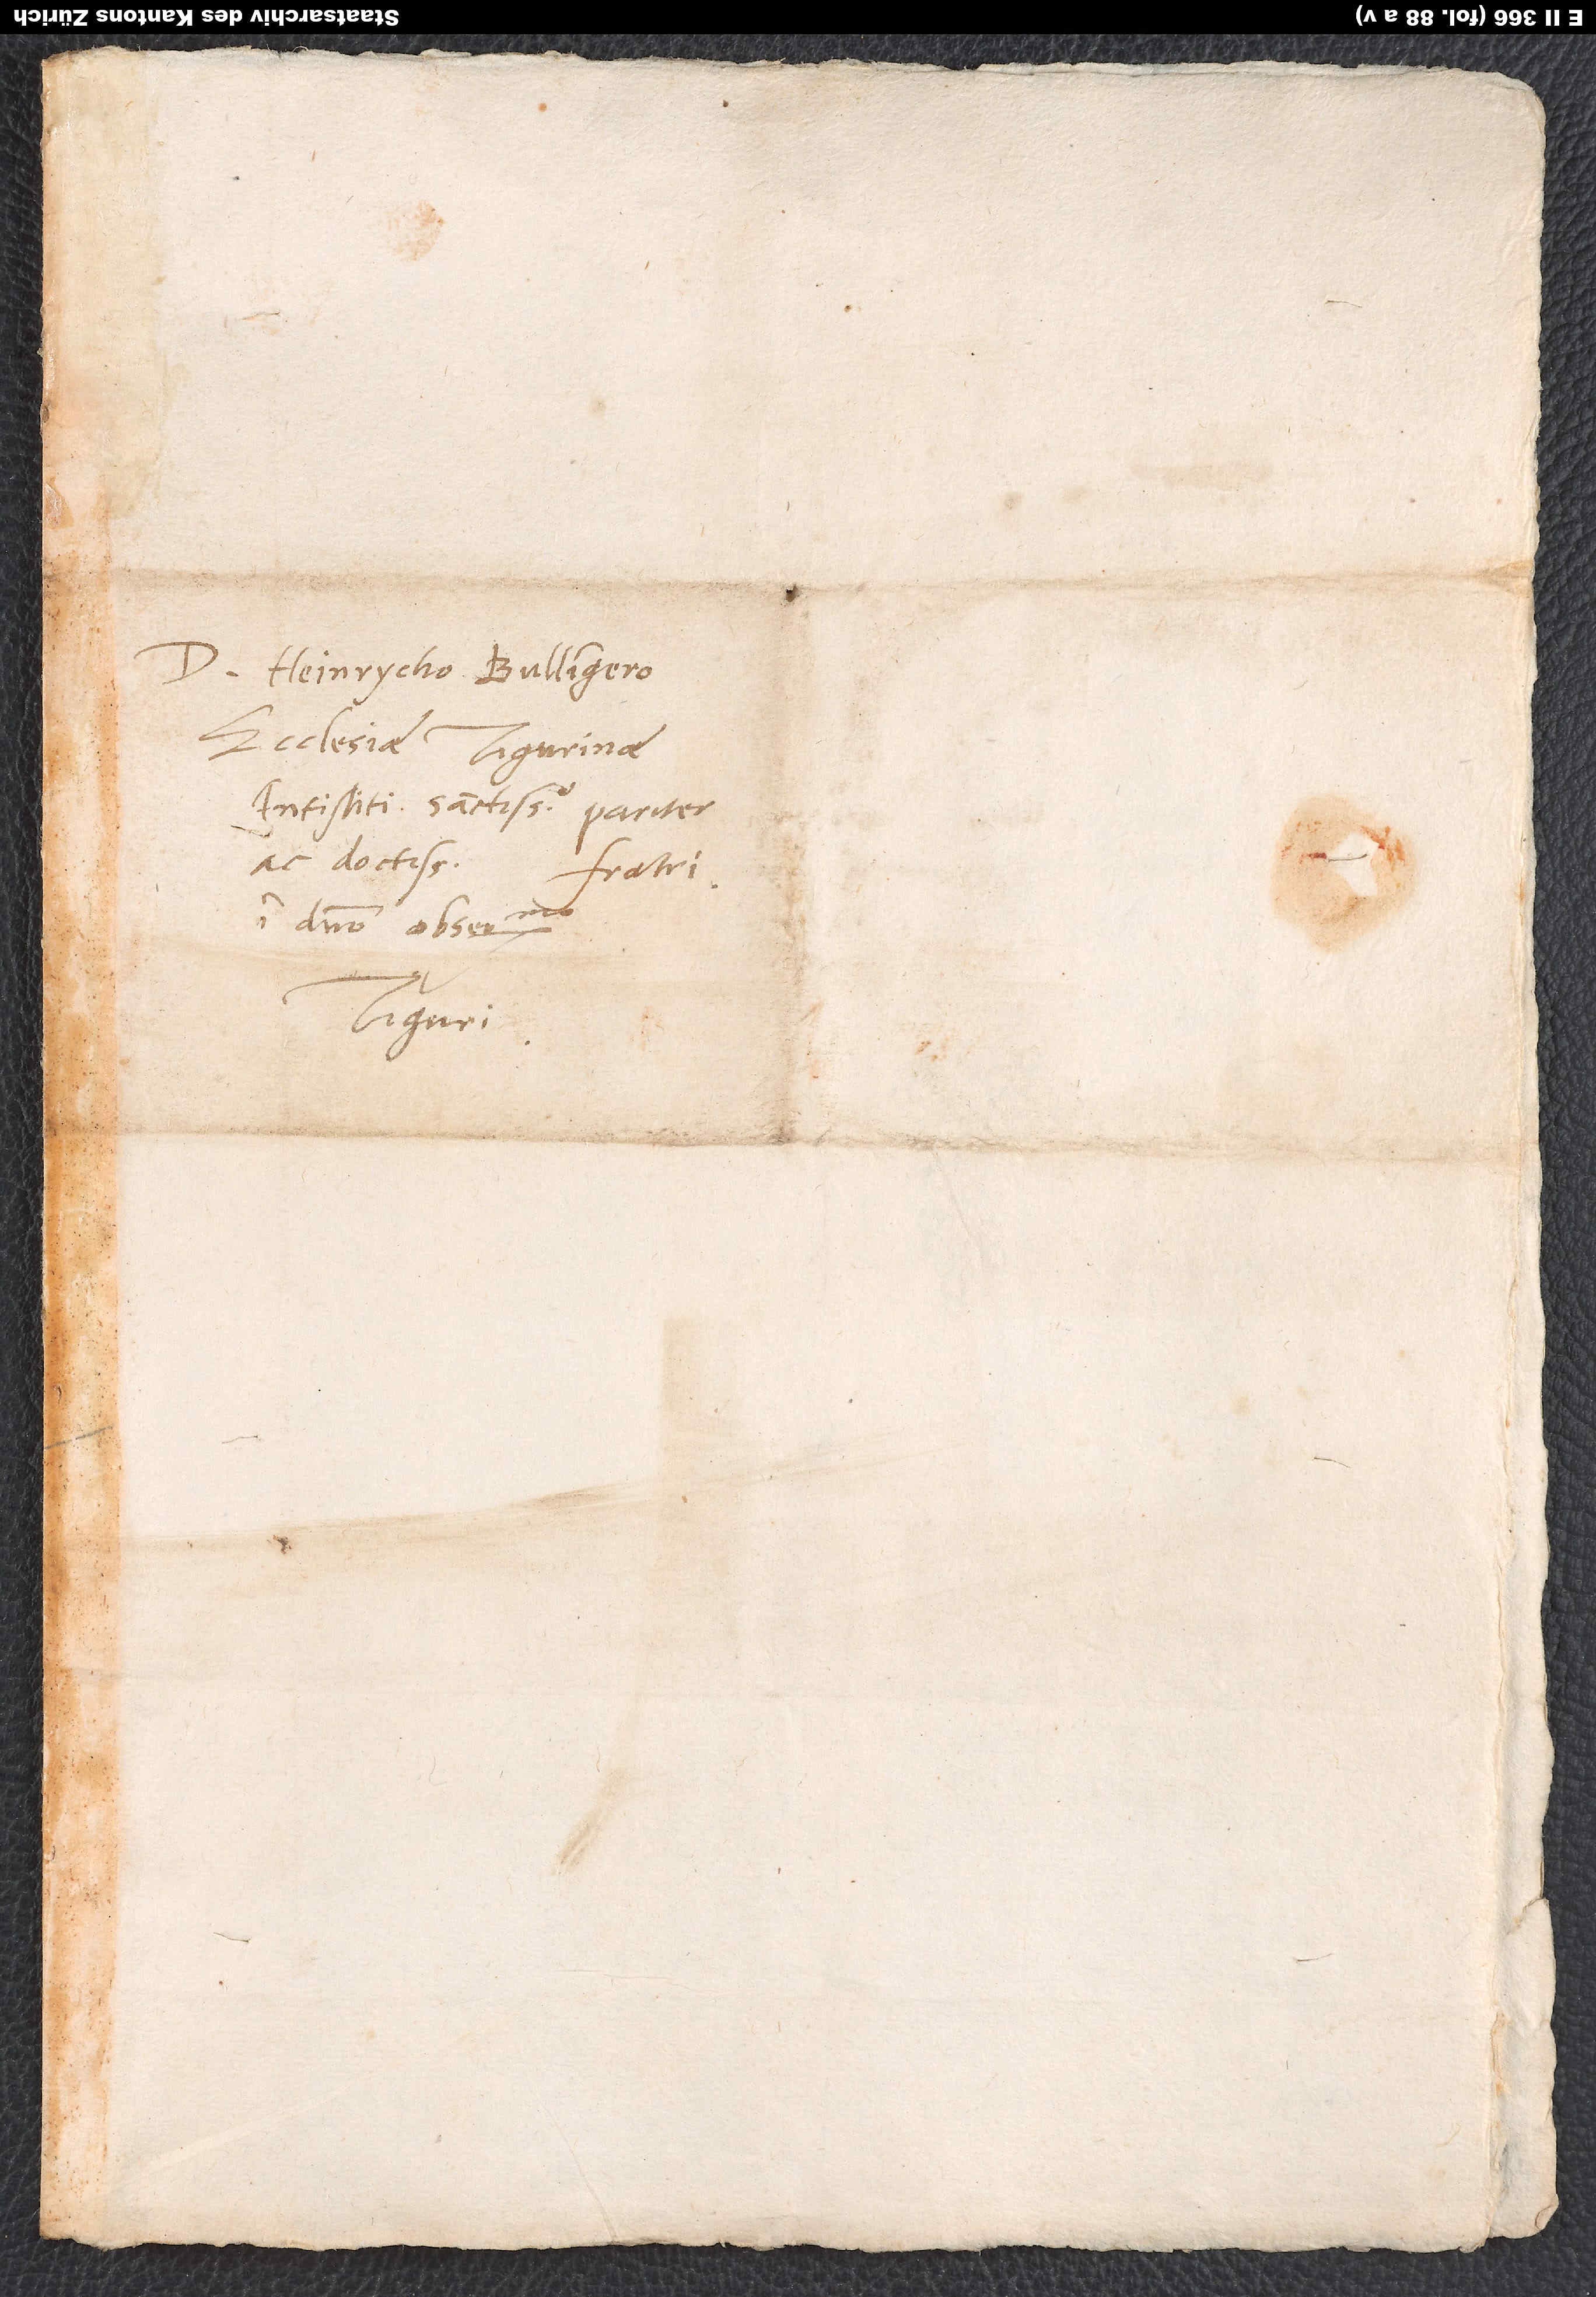
D. Heinrycho Bullingero,
ecclesiae Tigurinae
antistiti sanctissimo pariter
ac doctissimo, fratri
in domino observandissimo.
Tiguri.